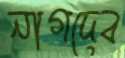
নাগদেব